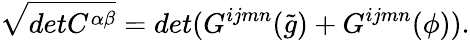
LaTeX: \sqrt{detC^{\alpha\beta}}=det(G^{ijmn}(\tilde{g})+G^{ijmn}(\phi)).